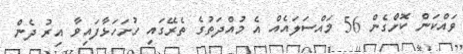
ވައްކަން ކޮށްގެން 56 މައްސަލައެއް އެ މުއްދަތުގެ ތެރޭގައި ހުށަހަޅާފައިވާ އިރު ދެން